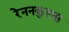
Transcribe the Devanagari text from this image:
रेननकुलस